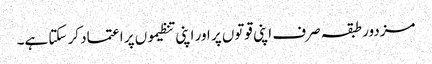
مزدور طبقہ صرف اپنی قوتوں پر اور اپنی تنظیموں پر اعتماد کر سکتا ہے۔